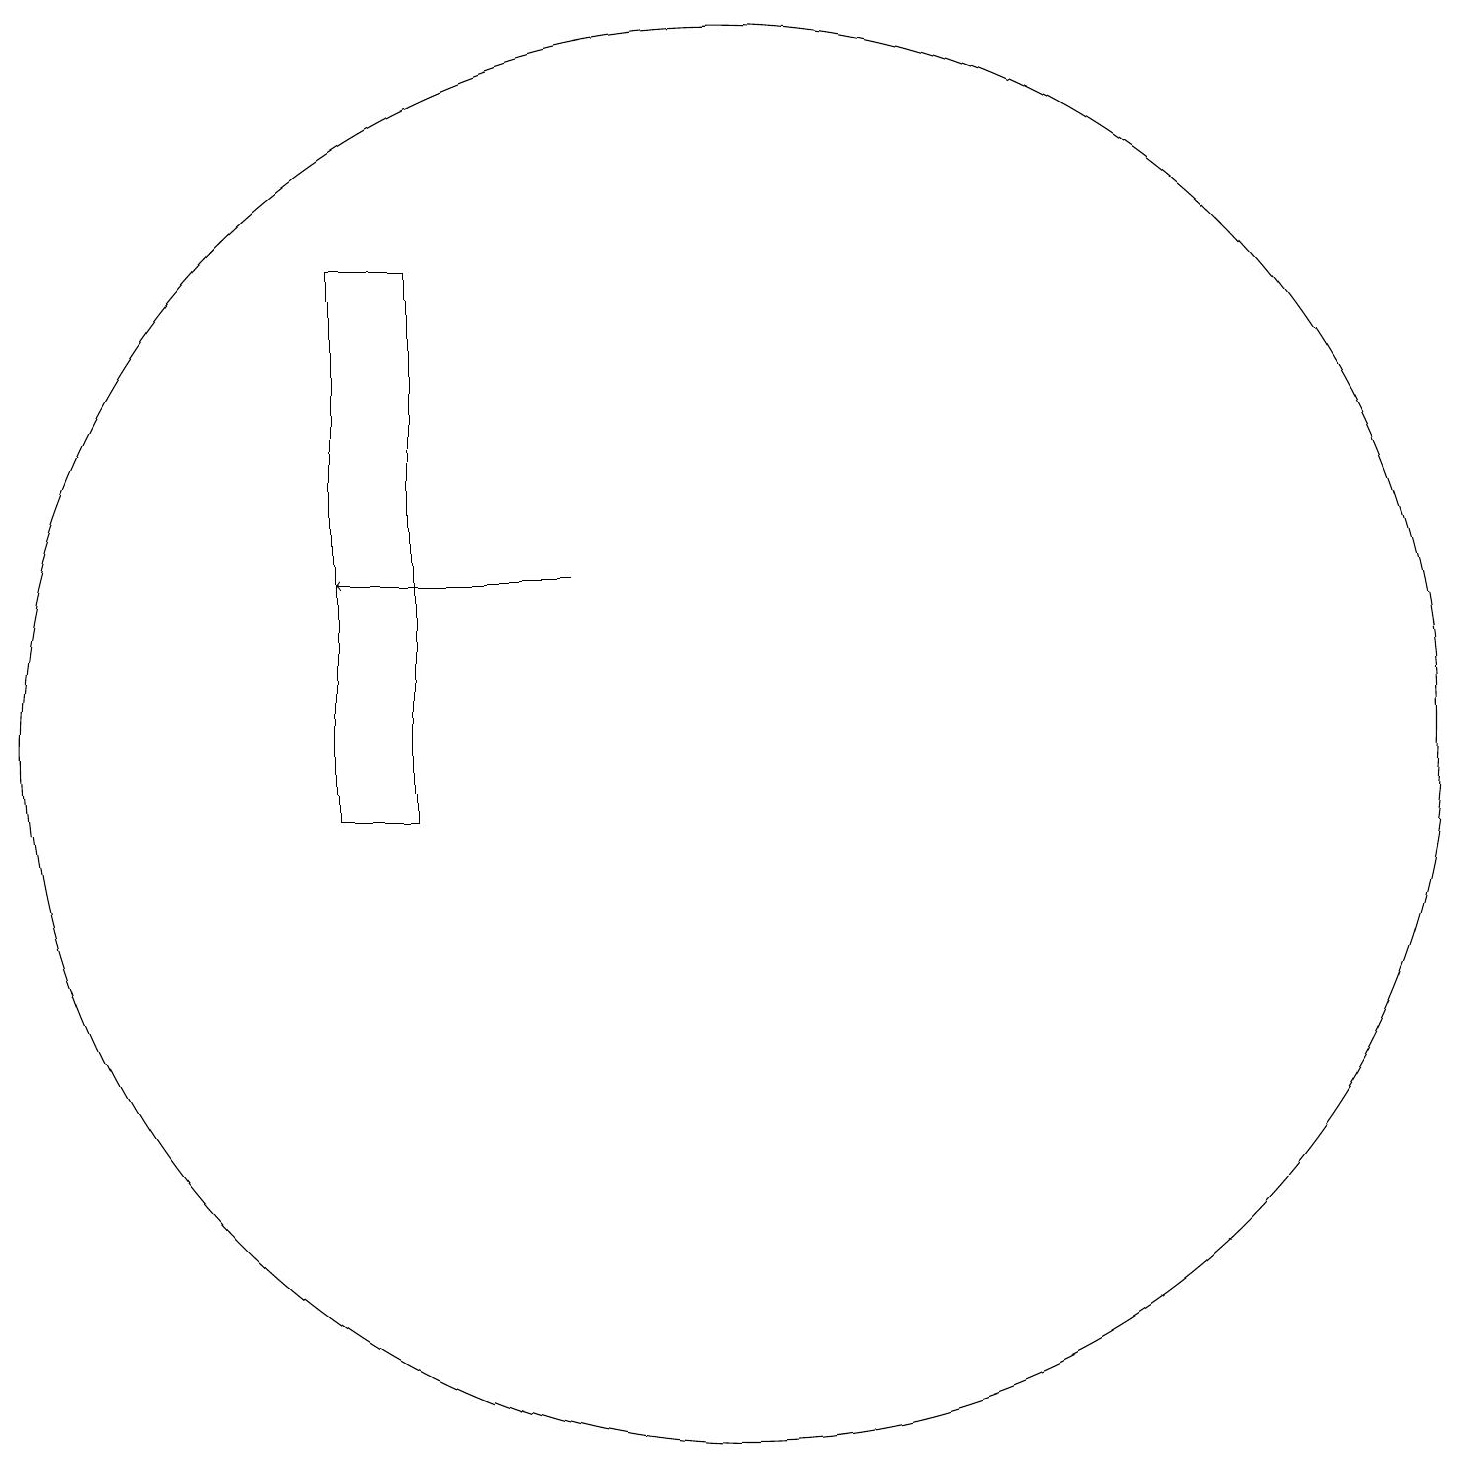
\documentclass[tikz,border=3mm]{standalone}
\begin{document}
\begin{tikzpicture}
\draw (11,10) circle (0);
\draw[->] (9,14) -- (6,14);
\draw (11,12) circle (9);
\draw (6,18) rectangle (7,11);
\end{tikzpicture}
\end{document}